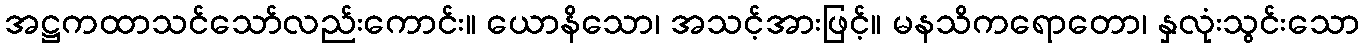
အဋ္ဌကထာသင်သော်လည်းကောင်း။ ယောနိသော၊ အသင့်အားဖြင့်။ မနသိကရောတော၊ နှလုံးသွင်းသော